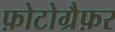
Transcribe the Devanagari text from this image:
फ़ोटोग्रैफ़र